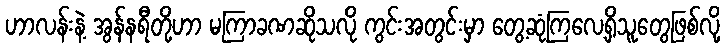
ဟာလန်းနဲ့ အွန်နရီတို့ဟာ မကြာခဏဆိုသလို ကွင်းအတွင်းမှာ တွေ့ဆုံကြလေ့ရှိသူတွေဖြစ်လို့